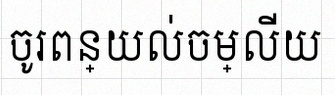
ចូរពន្យល់ចម្លើយ